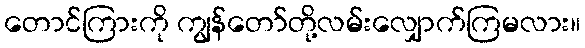
တောင်ကြားကို ကျွန်တော်တို့လမ်းလျှောက်ကြမလား။